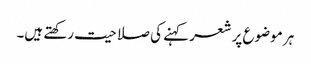
ہر موضوع پر شعر کہنے کی صلاحیت رکھتے ہیں۔